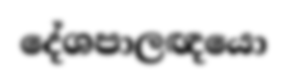
දේශපාලඥයො